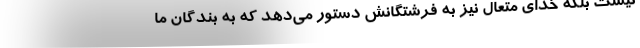
نیست بلکه خدای متعال نیز به فرشتگانش دستور می‌دهد که به بندگان ما